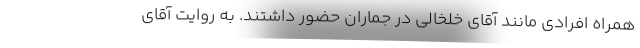
همراه افرادی مانند آقای خلخالی در جماران حضور داشتند. به روایت آقای